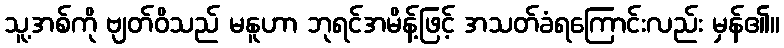
သူ့အစ်ကို ဗျတ်ဝိသည် မနူဟာ ဘုရင်အမိန့်ဖြင့် အသတ်ခံရကြောင်းလည်း မှန်၏။